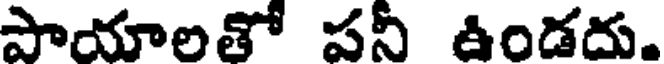
పాయాలతో పనీ ఉండదు.